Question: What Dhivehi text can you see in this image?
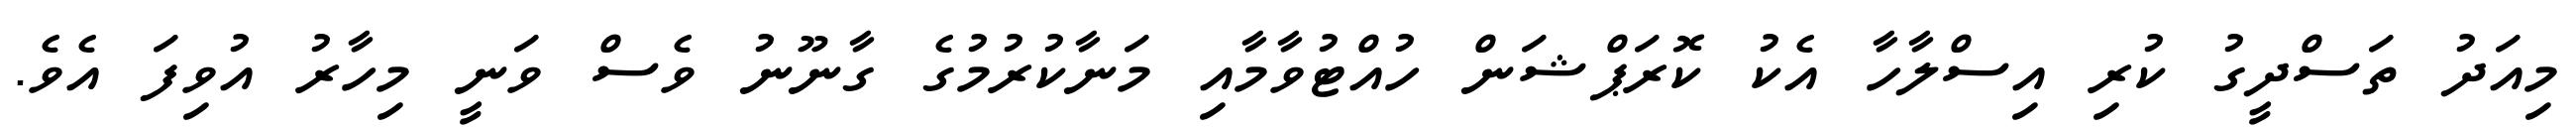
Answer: މިއަދު ތަސްދީގު ކުރި އިސްލާހާ އެކު ކޮރަޕްޝަން ހުއްޓުވާމާއި މަނާކުރުމުގެ ގާނޫނު ވެސް ވަނީ މިހާރު އުވިފަ އެވެ.